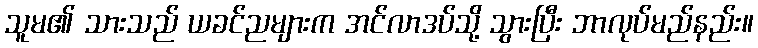
သူမ၏ သားသည် ယခင်ညများက အင်လာဒပ်သို့ သွားပြီး ဘာလုပ်မည်နည်း။